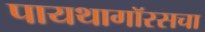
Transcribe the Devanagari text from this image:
पायथागॉरसचा